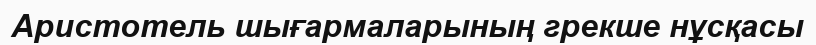
Аристотель шығармаларының грекше нұсқасы